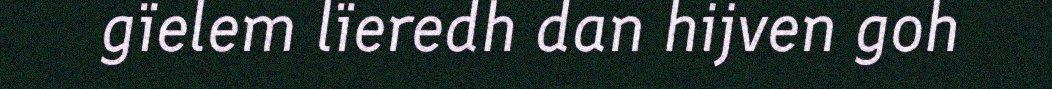
gïelem lïeredh dan hijven goh